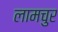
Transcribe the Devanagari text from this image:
लामचुर